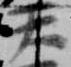
天